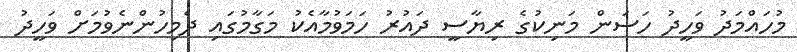
މުހައްމަދު ވަހީދު ހަސަން މަނިކުގެ ރިޔާސީ ދައުރު ހަމަވުމާއެކު މަގާމުގައި ދެމިހުންނެވުމަށް ވަހީދު